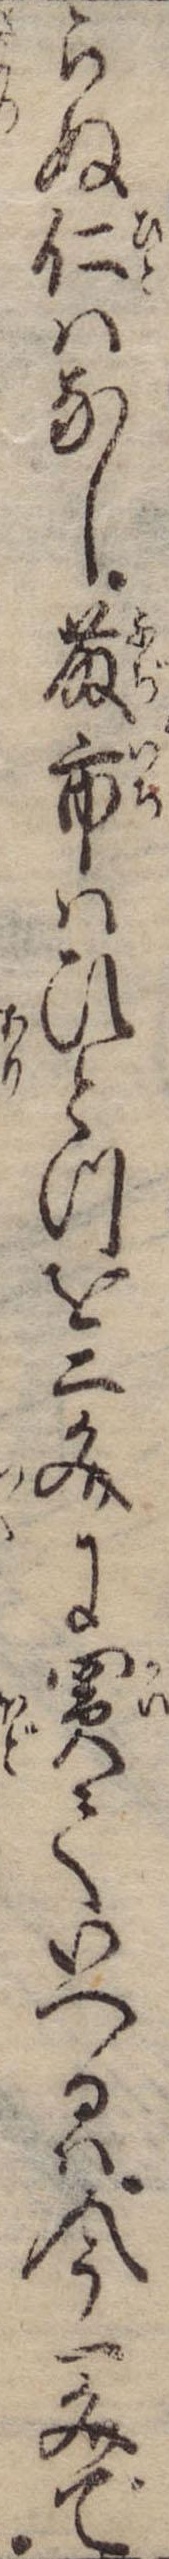
らぬ仁はなし藤市はひとつを二文に買ていへるは今一文で